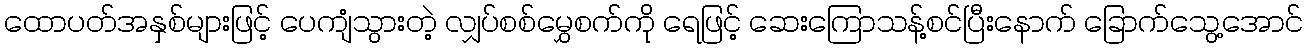
ထောပတ်အနှစ်များဖြင့် ပေကျံသွားတဲ့ လျှပ်စစ်မွှေစက်ကို ရေဖြင့် ဆေးကြောသန့်စင်ပြီးနောက် ခြောက်သွေ့အောင်